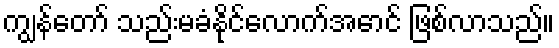
ကျွန်တော် သည်းမခံနိုင်လောက်အောင် ဖြစ်လာသည်။